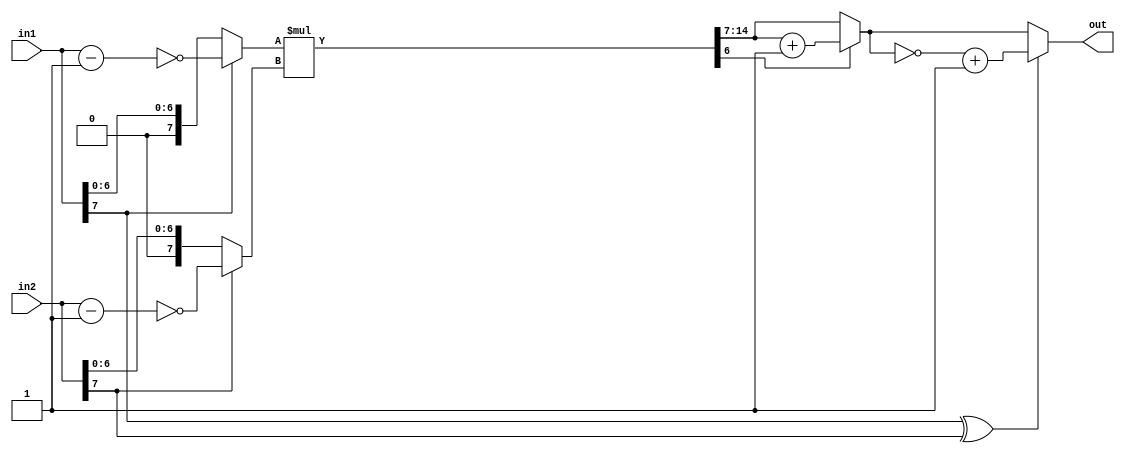
module fixedpoint_s(
	input [7:0] in1,// sign[7], integer[6:4], decimal[3:0]
	input [7:0] in2,// sign[7], integer[6:4], decimal[3:0]
	output reg [7:0] out// sign[7], integer[6:1], decimal[0]
);
wire [15:0] max_out;


reg [7:0] p_in1; //change to positive number
reg [7:0] p_in2;
always@(*)begin
	if(in1[7])
		p_in1 = ~(in1-8'd1);
	else
		p_in1 = in1;
end 
always@(*)begin
	if(in2[7])
		p_in2 = ~(in2-8'd1);
	else
		p_in2 = in2;
end  
assign max_out = p_in1*p_in2;
wire [7:0] t_out;
assign t_out = max_out[14:7];

reg [7:0] roundf;
always@(*) begin
	if (max_out[6])
		roundf = t_out + 8'd1;
	else begin
		roundf = t_out;
	end
end

always@(*)begin
	if(in1[7]^in2[7])begin
		out = ~roundf + 8'd1;                   //round,-
 	end
	else 
		out = roundf;	
end
endmodule